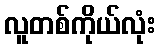
လူတစ်ကိုယ်လုံး